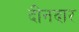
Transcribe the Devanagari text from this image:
दीनदार